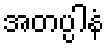
အတပ္ပါနံ